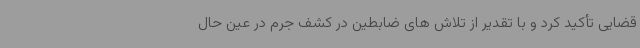
قضایی تأکید کرد و با تقدیر از تلاش های ضابطین در کشف جرم در عین حال